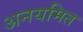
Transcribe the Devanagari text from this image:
अनयमित